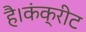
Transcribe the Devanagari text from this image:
है।कंक्रीट